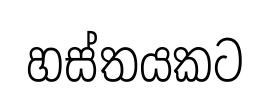
හස්තයකට